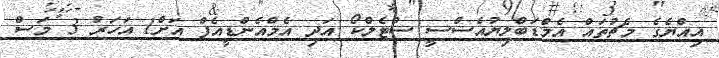
އިއްޔެގެ މެޗުތައް އެމްޑަބްލިޔުއެސްސީ ސްޓެލްކޯ އަދި އެމްއެންޑީއެފް އަށް1 އަހަރު 3 މަސް